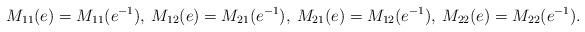
LaTeX: \begin{align*}M_{11}(e)=M_{11}(e^{-1}), \: M_{12}(e)=M_{21}(e^{-1}), \: M_{21}(e)=M_{12}(e^{-1}), \: M_{22}(e)=M_{22}(e^{-1}). \end{align*}